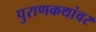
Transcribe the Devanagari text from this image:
पुराणकथांवर